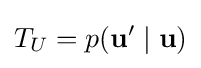
T_{U}=p(\mathbf {u} '\mid \mathbf {u} )